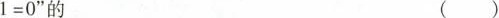
1 = 0$$ ”的 ()